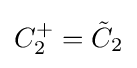
C_{2}^{+}={\tilde {C}}_{2}